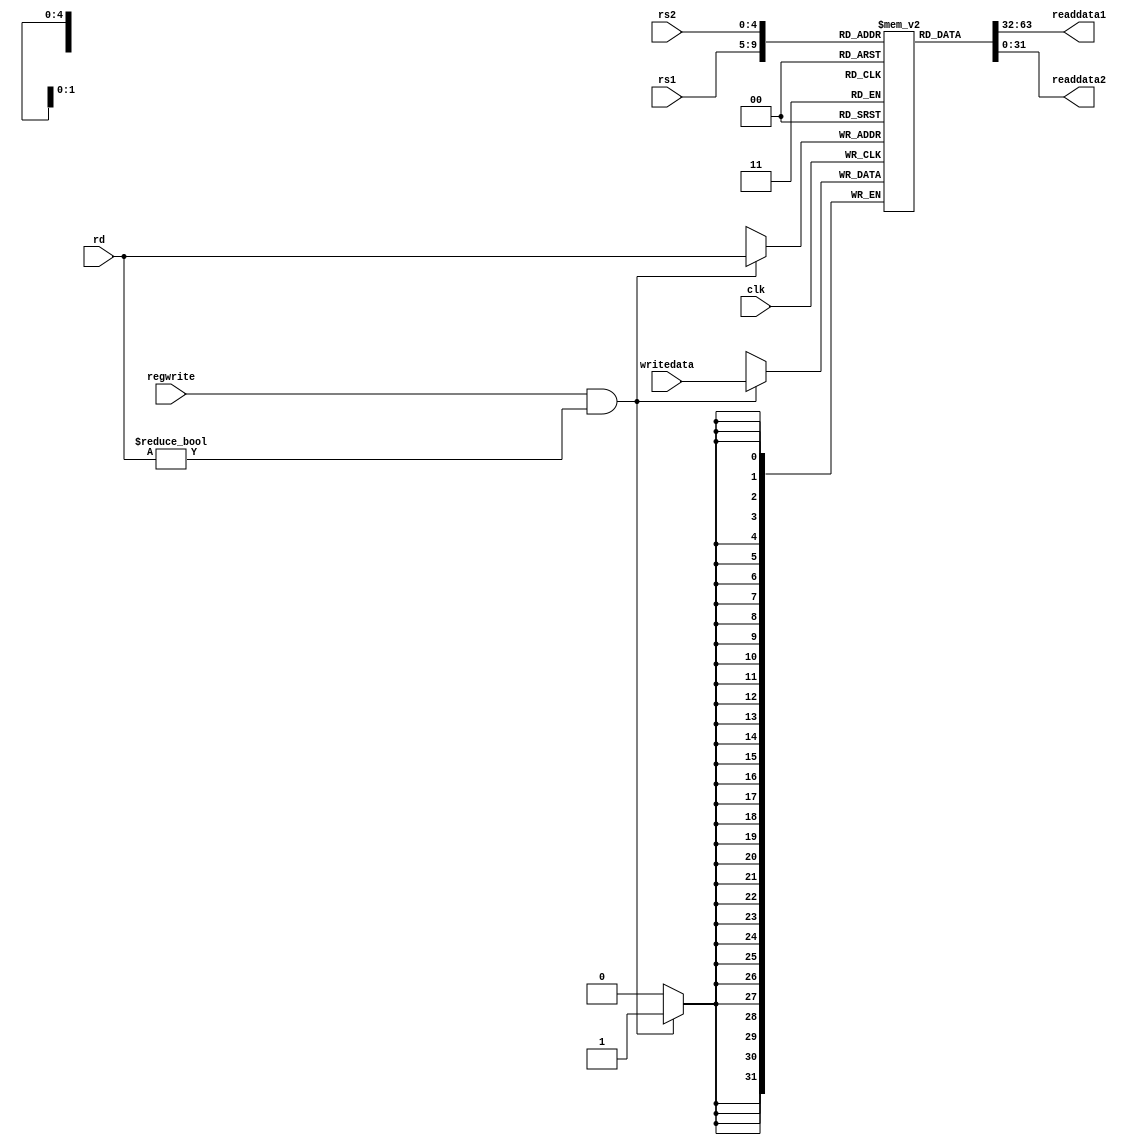
module registerfile(clk, rs1, rs2, rd, writedata, regwrite, readdata1, readdata2);

    input clk;
    input [4:0] rs1, rs2, rd;
    input [31:0] writedata;
    input regwrite;

    output wire [31:0] readdata1, readdata2;

    reg [31:0] regfile [0:31];

    initial 
      begin
        regfile[0] <= 0;    
      end

    assign readdata1 = regfile[rs1];
    assign readdata2 = regfile[rs2];

    always @ (posedge clk)
      begin
        if (regwrite == 1 & rd != 0)
          regfile[rd] <= writedata;          
      end

endmodule